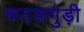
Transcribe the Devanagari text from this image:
कटलगुड़ी